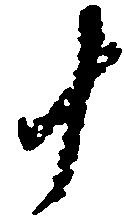
十